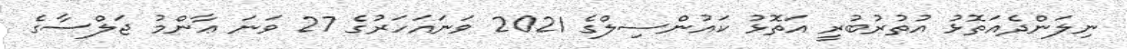
ނިލަންދެއަތޮޅު އުތުރުބުރީ އަތޮޅު ކައުންސިލްގެ 2021 ވަނައަހަރުގެ 27 ވަނަ ޢާންމު ޖަލްސާގެ